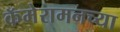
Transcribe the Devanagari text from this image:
कॅमेरामनच्या